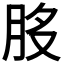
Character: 𦚂